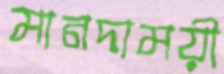
মানদাময়ী